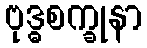
ဗုဒ္ဓစက္ခုနာ